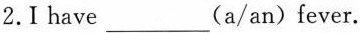
2.I have___(a/an) fever.